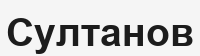
Султанов